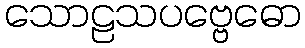
သောဠသပဗ္ဗေဓော